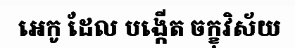
អេកូ ដែល បង្កើត ចក្ខុវិស័យ